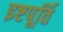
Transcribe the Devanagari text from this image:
इष्टपूर्ति